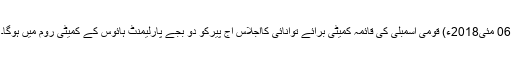
06 مئی2018ء) قومی اسمبلی کی قائمہ کمیٹی برائے توانائی کااجلاس آج پیرکو دو بجے پارلیمنٹ ہائوس کے کمیٹی روم میں ہوگا۔